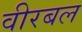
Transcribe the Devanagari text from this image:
वीरबल